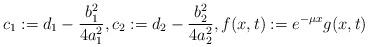
LaTeX: \begin{align*} c_{1} := d_{1} - \frac{b_{1}^{2}}{4 a_{1}^{2}}, c_{2} := d_{2} - \frac{b_{2}^{2}}{4 a_{2}^{2}}, f(x, t) := e^{-\mu x} g(x, t) \end{align*}